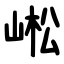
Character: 㟣